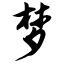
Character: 梦